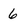
Character: 6